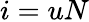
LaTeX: i=uN